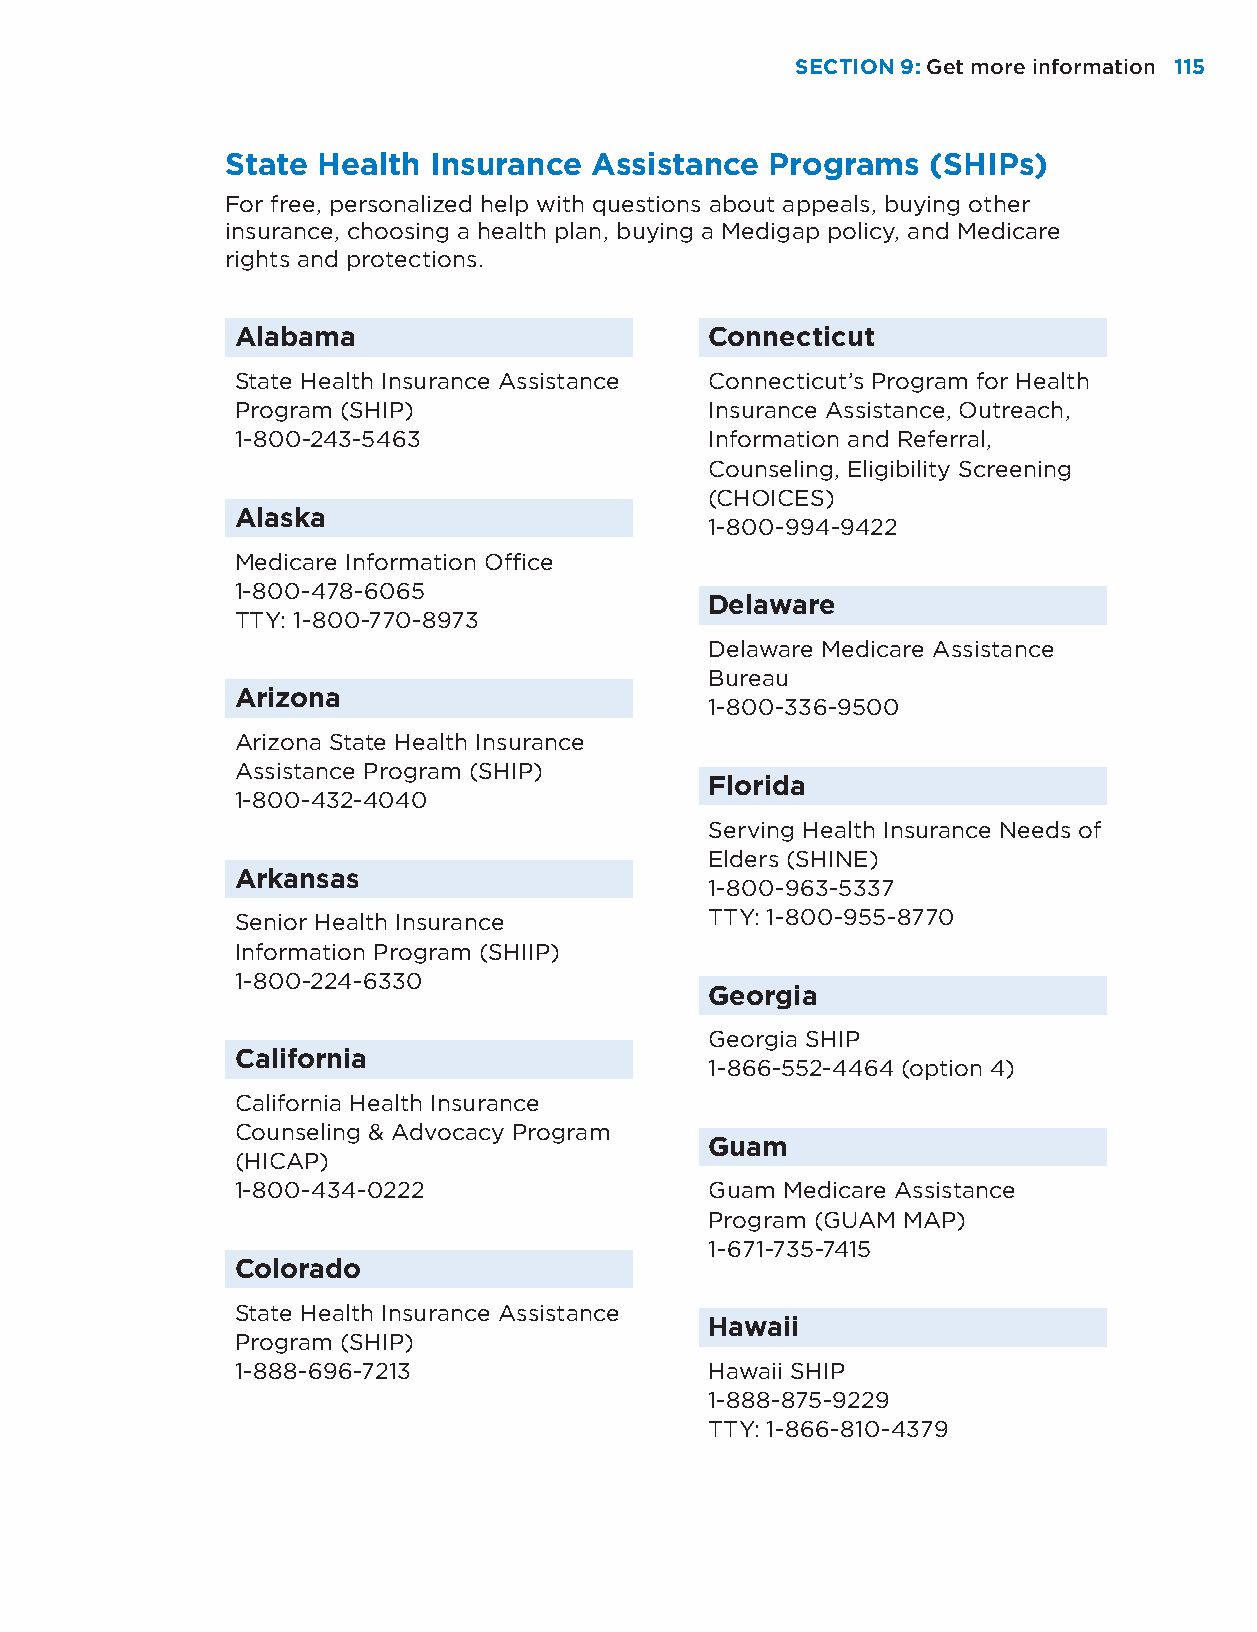
SECTION 9: Get more information 115
 State Health Insurance  Assistance  Programs   (SHIPs)
 For free, personalized help with questions about appeals, buying other
 insurance, choosing a health plan, buying a Medigap policy, and Medicare
 rights and protections.
 Alabama                        Connecticut
 State Health Insurance Assistance Connecticut’s Program for Health
 Program (SHIP)                 Insurance Assistance, Outreach,
 1-800-243-5463                 Information and Referral,
 Counseling, Eligibility Screening
 (CHOICES)
 Alaska
 1-800-994-9422
 Medicare Information Office
 1-800-478-6065
 Delaware
 TTY: 1-800-770-8973
 Delaware Medicare Assistance
 Bureau
 Arizona
 1-800-336-9500
 Arizona State Health Insurance
 Assistance Program (SHIP)
 Florida
 1-800-432-4040
 Serving Health Insurance Needs of
 Elders (SHINE)
 Arkansas
 1-800-963-5337
 Senior Health Insurance        TTY: 1-800-955-8770
 Information Program (SHIIP)
 1-800-224-6330
 Georgia
 Georgia SHIP
 California
 1-866-552-4464 (option 4)
 California Health Insurance
 Counseling & Advocacy Program
 Guam
 (HICAP)
 1-800-434-0222                 Guam Medicare Assistance
 Program (GUAM MAP)
 1-671-735-7415
 Colorado
 State Health Insurance Assistance
 Hawaii
 Program (SHIP)
 1-888-696-7213                 Hawaii SHIP
 1-888-875-9229
 TTY: 1-866-810-4379